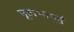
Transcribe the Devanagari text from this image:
मूलभाष्ई